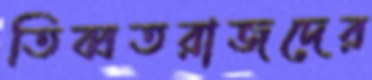
তিব্বতরাজদের